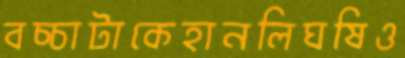
বচ্চাটাকেহানলিঘষিও